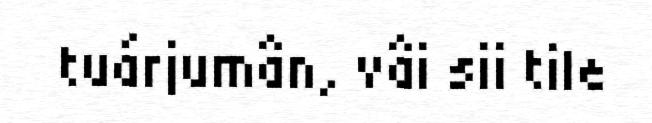
tuárjumân, vâi sii tile